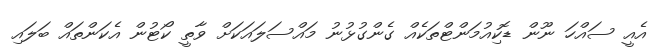
އެއީ ސައްހަ ނޫން ޑޮކިއުމަންޓްތަކެއް ގެންގުޅުނު މައްސަލައަކަށް ވާތީ ކޯޓުން އެކަންތައް ބަލައި